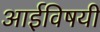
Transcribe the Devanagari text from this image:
आईविषयी